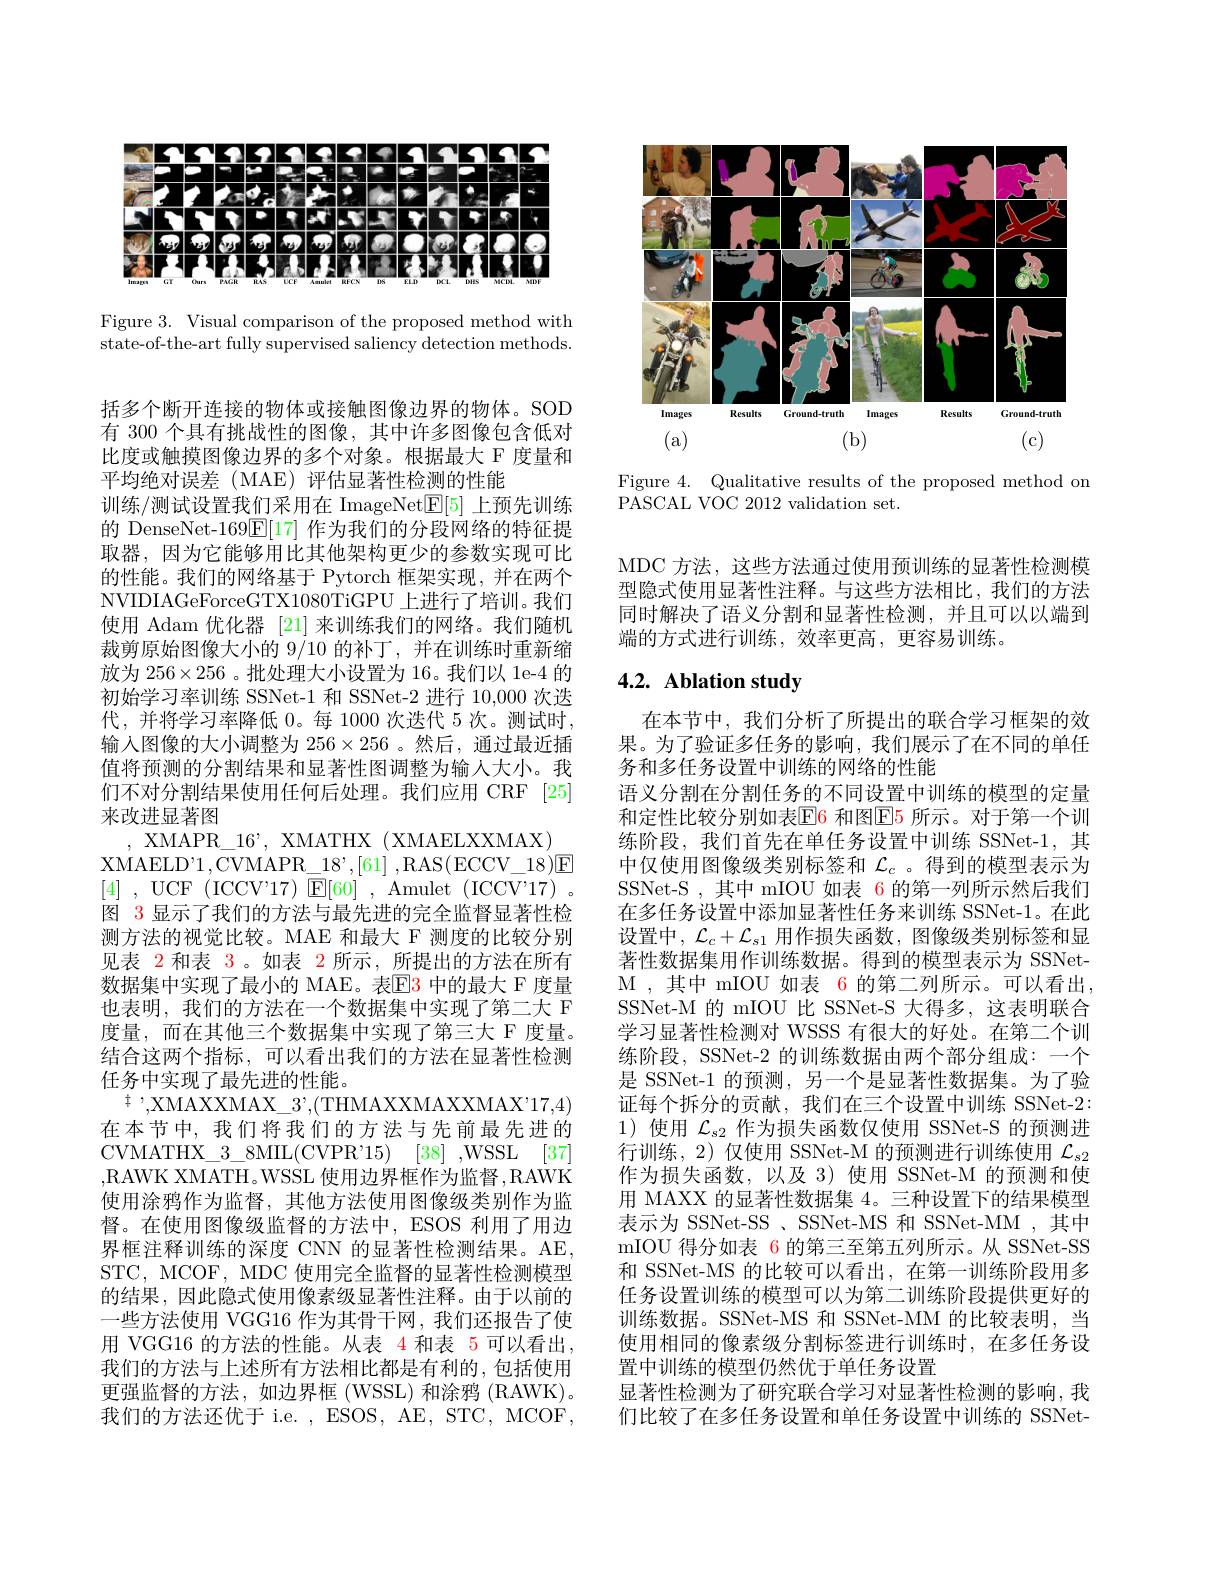
<FigureHere>

Figure 4. Qualitative results of the proposed method on
$\bar{\mathrm{PASCAL~VOC~2012~validation~set.}}$

<FigureHere>

Figure 3. Visual comparison of the proposed method with state-of-the-art fully supervised saliency detection methods.

括多个断开连接的物体或接触图像边界的物体。SOD 有 300 个具有挑战性的图像，其中许多图像包含低对比度或触摸图像边界的多个对象。根据最大 F 度量和平均绝对误差 (MAE) 评估显著性检测的性能
训练/测试设置我们采用在 ImageNet$\underline{\mathrm{E}}[5]$上预先训练的 DenseNet-169$\overline{\mathbb{E}}[17]$作为我们的分段网络的特征提取器，因为它能够用比其他架构更少的参数实现可比的性能。我们的网络基于 Pytorch 框架实现，并在两个NVIDIAGeForceGTX1080TiGPU 上进行了培训。我们使用 Adam 优化器 [21] 来训练我们的网络。我们随机裁剪原始图像大小的 9/10 的补丁，并在训练时重新缩放为$256\times256$ 。批处理大小设置为 16。我们以 1e-4 的初始学习率训练 SSNet-1 和 SSNet-2 进行 10,000 次迭代，并将学习率降低 0。每 1000 次迭代 5 次。测试时， 输入图像的大小调整为 256$\times256$ 。然后，通过最近插值将预测的分割结果和显著性图调整为输人大小。我们不对分割结果使用任何后处理。我们应用 CRF [25] 来改进显著图
, XMAPR\_16', XMATHX (XMAELXXMAX)
XMAELD'1,CVMAPR\_18',[61],RAS(ECCV\_18)E [4] , UCF (ICCV717) E[60] , Amulet (ICCV$^{\prime }17)$ 。图 3 显示了我们的方法与最先进的完全监督显著性检测方法的视觉比较。MAE 和最大 F 测度的比较分别见表 2和表 3。如表 2 所示，所提出的方法在所有数据集中实现了最小的 MAE。表$\color{red}{\mathrm{E3}}$ 中的最大 F 度量也表明，我们的方法在一个数据集中实现了第二大 F 度量，而在其他三个数据集中实现了第三大 F 度量。结合这两个指标，可以看出我们的方法在显著性检测任务中实现了最先进的性能。
$\ddagger$,XMAXXMAX\_3',(THMAXXMAXXMAX'17,4) 在本节中，我们将我们的方法与先前最先进的CVMATHX$\_$3$\_$8MIL( CVP$R^{\prime }$15) [38] ,WSSL [37] ,RAWK XMATH。WSSL 使用边界框作为监督，RAWK 使用涂鸦作为监督，其他方法使用图像级类别作为监督。在使用图像级监督的方法中，ESOS 利用了用边界框注释训练的深度 CNN 的显著性检测结果。AE, STC, MCOF, MDC 使用完全监督的显著性检测模型的结果，因此隐式使用像素级显著性注释。由于以前的一些方法使用 VGG16 作为其骨干网，我们还报告了使用 VGG16 的方法的性能。从表 4 和表 5 可以看出， 我们的方法与上述所有方法相比都是有利的，包括使用更强监督的方法，如边界框(WSSL)和涂鸦(RAWK)。我们的方法还优于 i.e. , ESOS, AE, STC, MCOF,

MDC 方法，这些方法通过使用预训练的显著性检测模型隐式使用显著性注释。与这些方法相比，我们的方法同时解决了语义分割和显著性检测，并且可以以端到端的方式进行训练，效率更高，更容易训练。

# 4.2. Ablation study

在本节中，我们分析了所提出的联合学习框架的效果。为了验证多任务的影响，我们展示了在不同的单任务和多任务设置中训练的网络的性能
语义分割在分割任务的不同设置中训练的模型的定量和定性比较分别如表$\color{red}{\mathrm{F6~}}$和图$\color{#c00}{\mathrm{E5~}}$所示。对于第一个训练阶段，我们首先在单任务设置中训练 SSNet-1,其中仅使用图像级类别标签和$\mathcal{L}_c$ 。得到的模型表示为SSNet-S ,其中 mIOU 如表 6 的第一列所示然后我们在多任务设置中添加显著性任务来训练 SSNet-1。在此设置中，$\mathcal{L}_c+\mathcal{L}_{s1}$用作损失函数，图像级类别标签和显著性数据集用作训练数据。得到的模型表示为 SSNetM ,其中 mIOU 如表 6 的第二列所示。可以看出， SSNet-M 的 mIOU 比 SSNet-S 大得多，这表明联合学习显著性检测对 WSSS 有很大的好处。在第二个训练阶段，SSNet-2 的训练数据由两个部分组成：一个是 SSNet-1 的预测，另一个是显著性数据集。为了验证每个拆分的贡献，我们在三个设置中训练 SSNet-2: 1)使用$\mathcal{L}_{s2}$作为损失函数仅使用 SSNet-S 的预测进行训练，2)仅使用 SSNet-M 的预测进行训练使用$\mathcal{L}_s2$ 作为损失函数，以及 3) 使用 SSNet-M 的预测和使用 MAXX 的显著性数据集 4。三种设置下的结果模型表示为 SSNet-SS 、SSNet-MS 和 SSNet-MM ,其中mIOU 得分如表 6 的第三至第五列所示。从 SSNet-SS 和 SSNet-MS 的比较可以看出，在第一训练阶段用多任务设置训练的模型可以为第二训练阶段提供更好的训练数据。SSNet-MS 和 SSNet-MM 的比较表明，当使用相同的像素级分割标签进行训练时，在多任务设置中训练的模型仍然优于单任务设置
显著性检测为了研究联合学习对显著性检测的影响，我们比较了在多任务设置和单任务设置中训练的 SSNet-